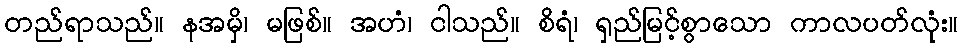
တည်ရာသည်။ နအမှိ၊ မဖြစ်။ အဟံ၊ ငါသည်။ စိရံ၊ ရှည်မြင့်စွာသော ကာလပတ်လုံး။